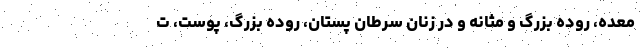
معده، روده بزرگ و مثانه و در زنان سرطان پستان، روده بزرگ، پوست، ت